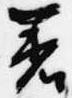
着